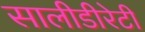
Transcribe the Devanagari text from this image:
सालीडीरेटी